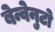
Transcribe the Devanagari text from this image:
बेन्वेनुटो